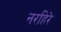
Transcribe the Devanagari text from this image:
नरहिरे